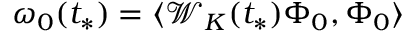
\omega _ { 0 } ( t _ { * } ) = \langle \mathcal { W } _ { K } ( t _ { * } ) \Phi _ { 0 } , \Phi _ { 0 } \rangle